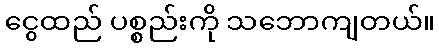
ငွေထည် ပစ္စည်းကို သဘောကျတယ်။